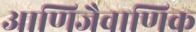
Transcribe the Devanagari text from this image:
आणिजैवाणिक